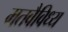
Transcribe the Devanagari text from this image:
मतवैविध्य